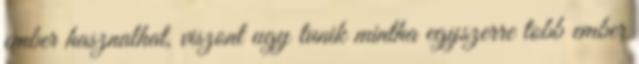
ember hasznalhat, viszont ugy tunik mintha egyszerre tobb ember